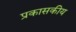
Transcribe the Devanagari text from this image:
प्रकासकीय